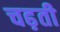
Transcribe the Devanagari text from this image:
चढ़़ती